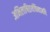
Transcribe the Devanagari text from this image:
अभिलाषितार्थचिन्तामणि